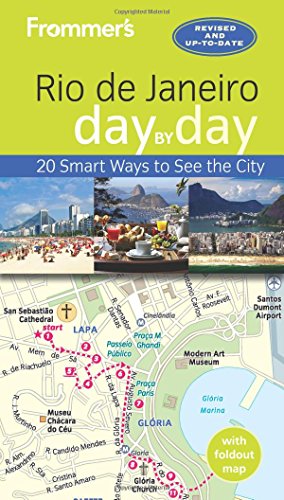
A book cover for Frommer's Rio de Janeiro day by day; Alexandra deVries; Travel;